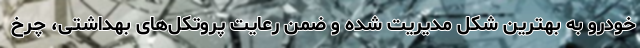
خودرو به بهترین شکل مدیریت شده و ضمن رعایت پروتکل‌های بهداشتی، چرخ